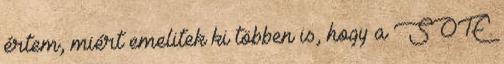
értem, miért emelitek ki többen is, hogy a SOTE.